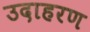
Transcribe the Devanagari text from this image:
उदाहरण